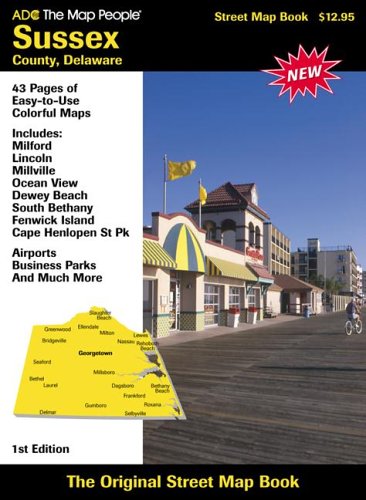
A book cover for ADC The Map People Sussex County, Delaware; ADC the Map People; Travel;